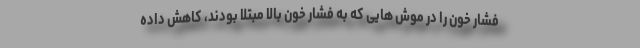
فشار خون را در موش هایی که به فشار خون بالا مبتلا بودند، کاهش داده